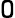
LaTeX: \mathtt{O}